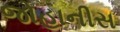
જોહાનીસ